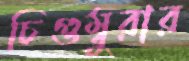
চিগুম্বুরার